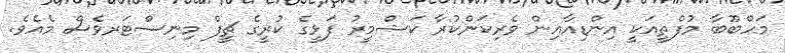
މަހްބޫބާ މުފްތީއަކީ އިންޑިއާއިން ވެރިކަންކުރާ ކަޝްމީރު ފަޅީގެ ކުރީގެ ޗީފް މިނިސްޓަރވެސް މެއެވެ.